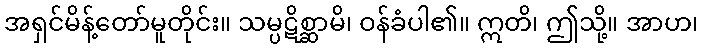
အရှင်မိန့်တော်မူတိုင်း။ သမ္ပဋိစ္ဆာမိ၊ ဝန်ခံပါ၏။ ဣတိ၊ ဤသို့။ အာဟ၊